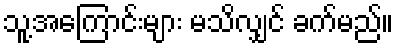
သူ့အကြောင်းများ မသိလျှင် ခက်မည်။